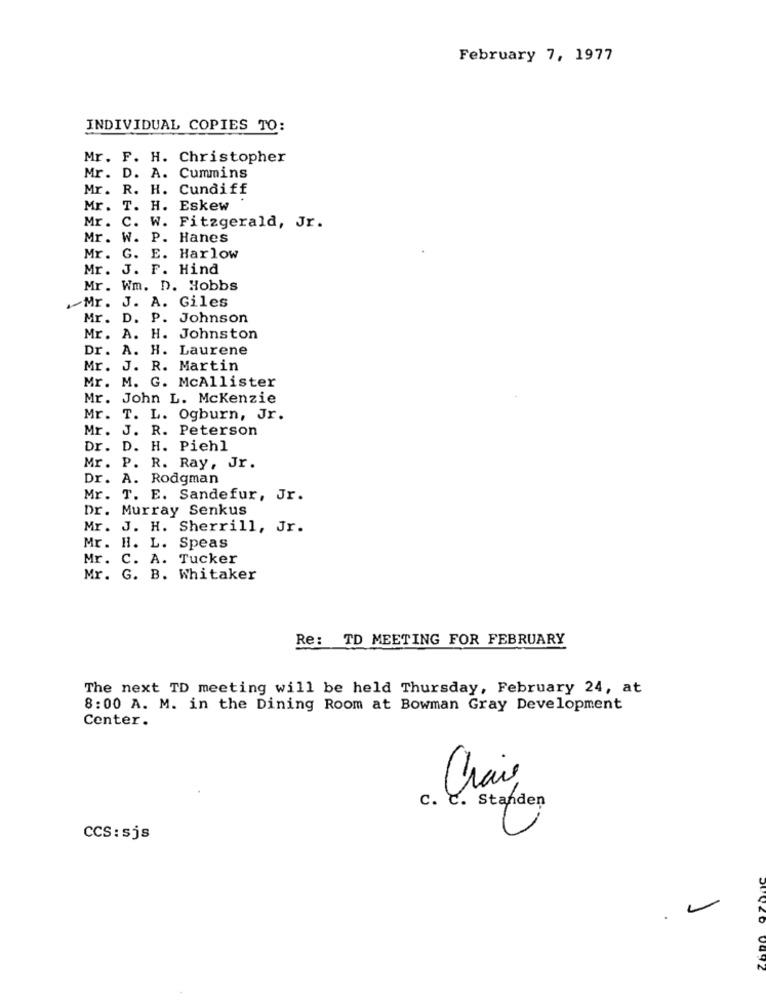
February 7, 1977
INDIVIDUAL COPIES TO:
Mr. F. H. Christopher
Mr. D. A. Cummins
Mr.
R. H. Cundiff
Mr.
T. H. Eskew
Mr .
C. W. Fitzgerald, Jr.
Mr.
W. P. Hanes
Mr.
G. E. Harlow
Mr. J. F. Hind
Mr. Wm. D. Hobbs
Mr. J. A. Giles
Mr. D. P. Johnson
Mr. A. H. Johnston
Dr. A. H. Laurene
Mr. J. R. Martin
Mr. M. G. McAllister
Mr. John L. Mckenzie
Mr. T. L. Ogburn, Jr.
Mr. J. R. Peterson
Dr.
D. H. Piehl
P.
Mr.
R. Ray, Jr.
Dr.
A. Rodgman
Mr.
T. E. Sandefur, Jr.
Dr. Murray Senkus
Mr .
J. H. Sherrill, Jr.
Mr. H. L. Speas
Mr. C. A. Tucker
Mr. G. B. Whitaker
Re: TD MEETING FOR FEBRUARY
The next TD meeting will be held Thursday, February 24, at
8:00 A. M. in the Dining Room at Bowman Gray Development
Center .
C. C. Standen
CCS: sjs
20